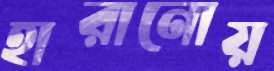
হারানোয়